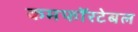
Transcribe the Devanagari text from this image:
कमफॉरटेबल